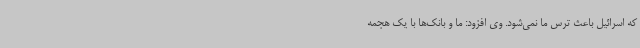
که اسرائیل باعث ترس ما نمی‌شود. وی افزود: ما و بانک‌ها با یک هجمه